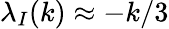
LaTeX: \lambda_{I}(k)\approx-k/3